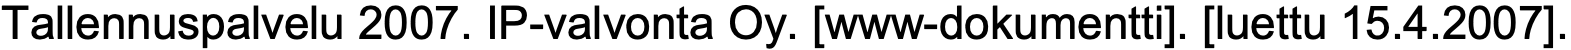
Tallennuspalvelu 2007. IP-valvonta Oy. [www-dokumentti]. [luettu 15.4.2007].